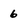
Character: 6